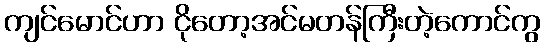
ကျင်မောင်ဟာ ငိုတော့အင်မတန်ကြီးတဲ့ကောင်ကွ